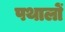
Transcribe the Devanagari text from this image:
पथालों